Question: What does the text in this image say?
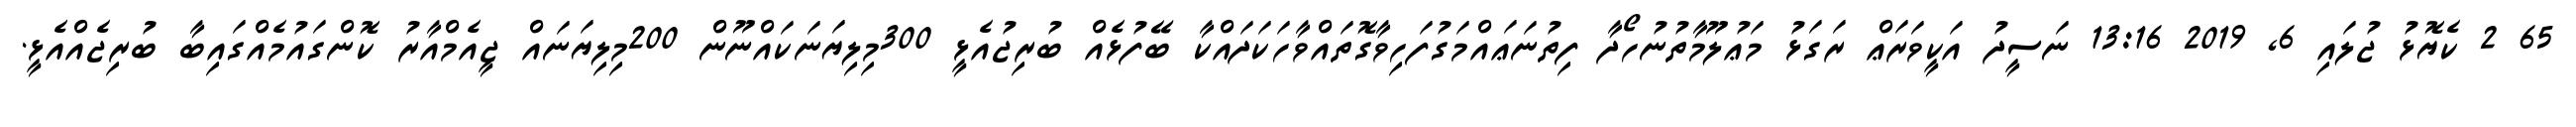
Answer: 65 2 ކެޔޮޅު ޖުލައި 6, 2019 13:16 ނަސީދު އަކީވަރަޢް ރަގަޅު މަޢުލޫމާތުނުހޯދާ ފިތުނަޢައްމަގުފަހިވާގޮތައްވާހަކަދައްކާ ބޭފުޅެއް ބުރިޖުއެޅީ 300މިލިޔަނަކައްނޫން 200މިލިޔަނައް ޖީއެމްއާރު ކޮންގައުމެއްގައިބާ ބުރިޖެއްއެޅީ.